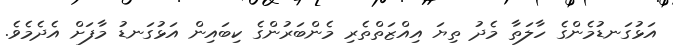
އަޅުގަނޑުމެންގެ ހާލަތާ މެދު ތިޔަ އިއްޒަތްތެރި މެންބަރުންގެ ކިބައިން އަޅުގަނޑު މާފަށް އެދެމެވެ.